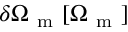
\delta \Omega _ { \mathrm { ~ m ~ } } [ \Omega _ { \mathrm { ~ m ~ } } ]